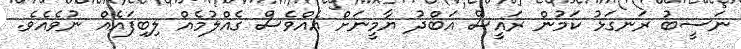
ނަސީބު ރަނގަޅު ކަމުން ރައީސް އަބްދު ޔާމީނަށް އެއްވެސް ގެއްލުމެއް ލިބިފައެއް ނުވެއެވެ.